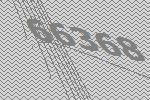
66368